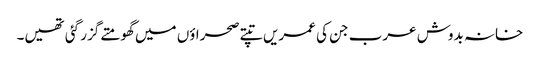
خانہ بدوش عرب جن کی عمریں تپتے صحراؤں میں گھومتے گزر گئی تھیں۔